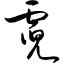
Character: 霓